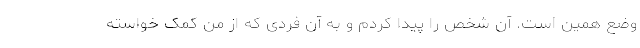
وضع همین است. آن شخص را پیدا کردم و به آن فردی که از من کمک خواسته